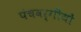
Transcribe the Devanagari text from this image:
पंचवर्गीयों